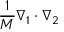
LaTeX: { \frac { 1 } { M } } { \boldsymbol { \nabla } } _ { 1 } \cdot { \boldsymbol { \nabla } } _ { 2 } \,